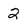
Character: 2